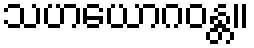
သဟယောဂဝန္တ။